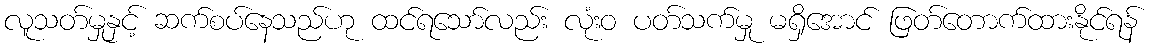
လူသတ်မှုနှင့် ဆက်စပ်နေသည်ဟု ထင်ရသော်လည်း လုံးဝ ပတ်သက်မှု မရှိအောင် ဖြတ်တောက်ထားနိုင်ရန်